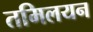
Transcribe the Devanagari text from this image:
तमिलयन